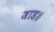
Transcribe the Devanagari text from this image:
जाड॥